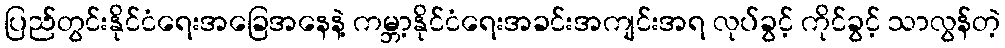
ပြည်တွင်းနိုင်ငံရေးအခြေအနေနဲ့ ကမ္ဘာ့နိုင်ငံရေးအခင်းအကျင်းအရ လုပ်ခွင့် ကိုင်ခွင့် သာလွန်တဲ့